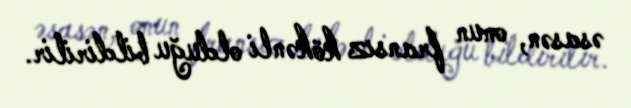
əsasən, onun fransız kökənli olduğu bildirilir.